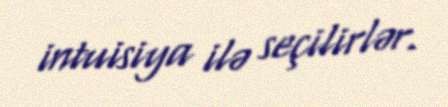
intuisiya ilə seçilirlər.